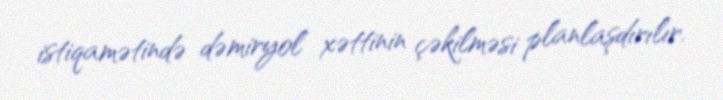
istiqamətində dəmiryol xəttinin çəkilməsi planlaşdırılır.